Lunatic asylums United Prov. 1922-30 - 1922-1930
Year: 1922
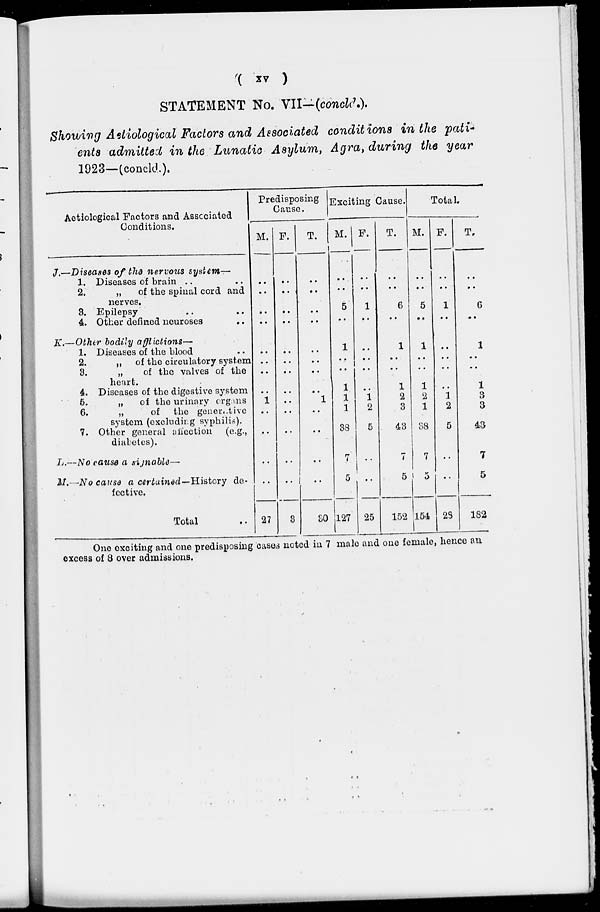
( xv )
STATEMENT No. VII—(concld.).
Showing Aetiological Factors and Associated conditions in the pati-
ents admitted in the Lunatic Asylum, Agra, during the year
1923—(concld.).
Aetiological Factors and Associated
Conditions.
J.—
K.—
L.—
M.—
Diseases of the nervous system—
1. Diseases of brain .. ..
2.
„
of the spinal cord and
nerves.
3. Epilepsy ..
4. Other defined neuroses ..
Other bodily afflictions—
1. Diseases of the blood
2.
„ of the circulatory system
3.
„
of the valves of the
heart.
4. Diseases of the digestive system
5.
„
of the urinary organs
6.
„
of the generative
system (excluding syphilis).
7. Other general affection (e.g.,
diabetes).
No cause a signable—
No cause a certained—History de-
fective.
Total ..
Predisposing
Cause.
M.
..
..
..
..
..
..
..
..
1
..
..
..
..
27
F.
..
..
..
..
..
..
..
..
..
..
..
..
..
3
T.
..
..
..
..
..
..
..
..
1
..
..
..
..
30
Exciting Cause.
M.
..
..
5
..
1
..
..
1
1
1
38
7
5
127
F.
..
..
1
..
..
..
..
..
1
2
5
..
..
25
T.
..
..
6
..
1
..
..
1
2
3
43
7
5
152
Total.
M.
..
..
5
..
1
..
..
1
2
1
38
7
5
154
F.
..
..
1
..
..
..
..
..
1
2
5
..
..
28
T.
..
..
6
..
1
..
..
1
3
3
43
7
5
182
One exciting and one predisposing cases noted in 7 male and one female, hence an
excess of 8 over admissions.